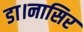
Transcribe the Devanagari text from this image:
डा।नासिर